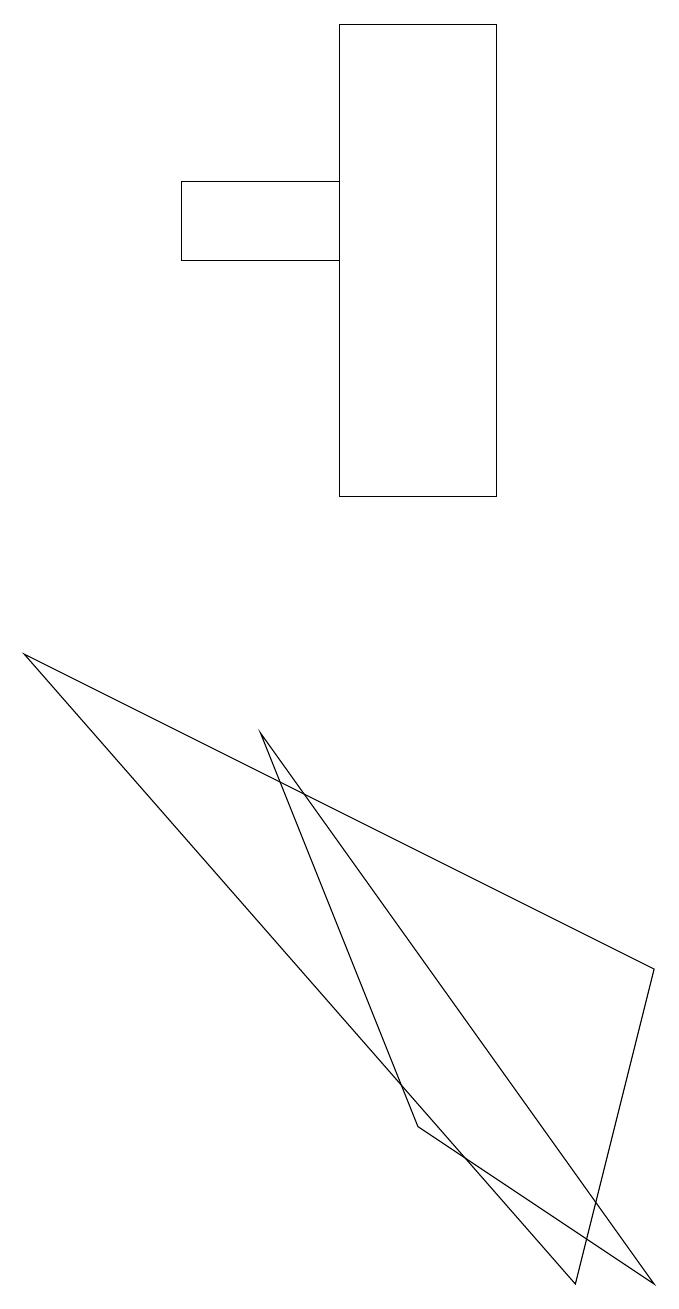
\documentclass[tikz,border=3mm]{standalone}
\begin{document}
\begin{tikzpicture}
\draw (6,16) rectangle (4,10);
\draw (2,14) rectangle (4,13);
\draw (8,4) -- (7,0) -- (0,8) -- cycle;
\draw (3,7) -- (8,0) -- (5,2) -- cycle;
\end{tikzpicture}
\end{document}